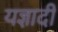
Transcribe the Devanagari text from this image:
यज्ञादी